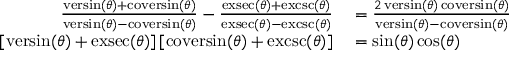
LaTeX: \begin{array} { r l } { { \frac { \operatorname { v e r s i n } ( \theta ) + \operatorname { c o v e r s i n } ( \theta ) } { \operatorname { v e r s i n } ( \theta ) - \operatorname { c o v e r s i n } ( \theta ) } } - { \frac { \operatorname { e x s e c } ( \theta ) + \operatorname { e x c s c } ( \theta ) } { \operatorname { e x s e c } ( \theta ) - \operatorname { e x c s c } ( \theta ) } } } & { { } = { \frac { 2 \operatorname { v e r s i n } ( \theta ) \operatorname { c o v e r s i n } ( \theta ) } { \operatorname { v e r s i n } ( \theta ) - \operatorname { c o v e r s i n } ( \theta ) } } } \\ { [ \operatorname { v e r s i n } ( \theta ) + \operatorname { e x s e c } ( \theta ) ] \, [ \operatorname { c o v e r s i n } ( \theta ) + \operatorname { e x c s c } ( \theta ) ] } & { { } = \sin ( \theta ) \cos ( \theta ) } \end{array}